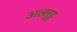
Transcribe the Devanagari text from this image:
अल्लुडु